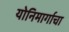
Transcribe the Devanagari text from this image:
योनिमार्गाचा